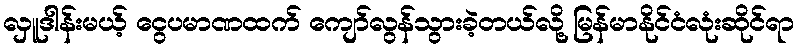
လှူဒါန်းမယ့် ငွေပမာဏထက် ကျော်လွန်သွားခဲ့တယ်လို့ မြန်မာနိုင်ငံလုံးဆိုင်ရာ